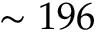
\sim 1 9 6